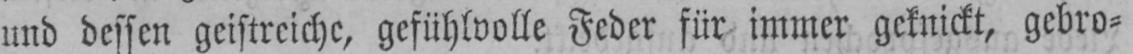
und dessen geistreiche, gefühlvolle Feder für immer geknickt, gebro⸗